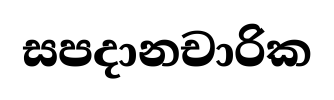
සපදානචාරික